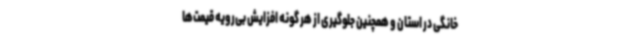
خانگی در استان و همچنین جلوگیری از هر گونه افزایش بی‌رویه قیمت‌ها